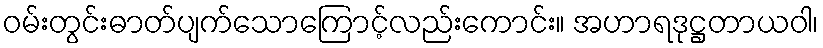
ဝမ်းတွင်းဓာတ်ပျက်သောကြောင့်လည်းကောင်း။ အဟာရဒုဋ္ဌတာယဝါ၊